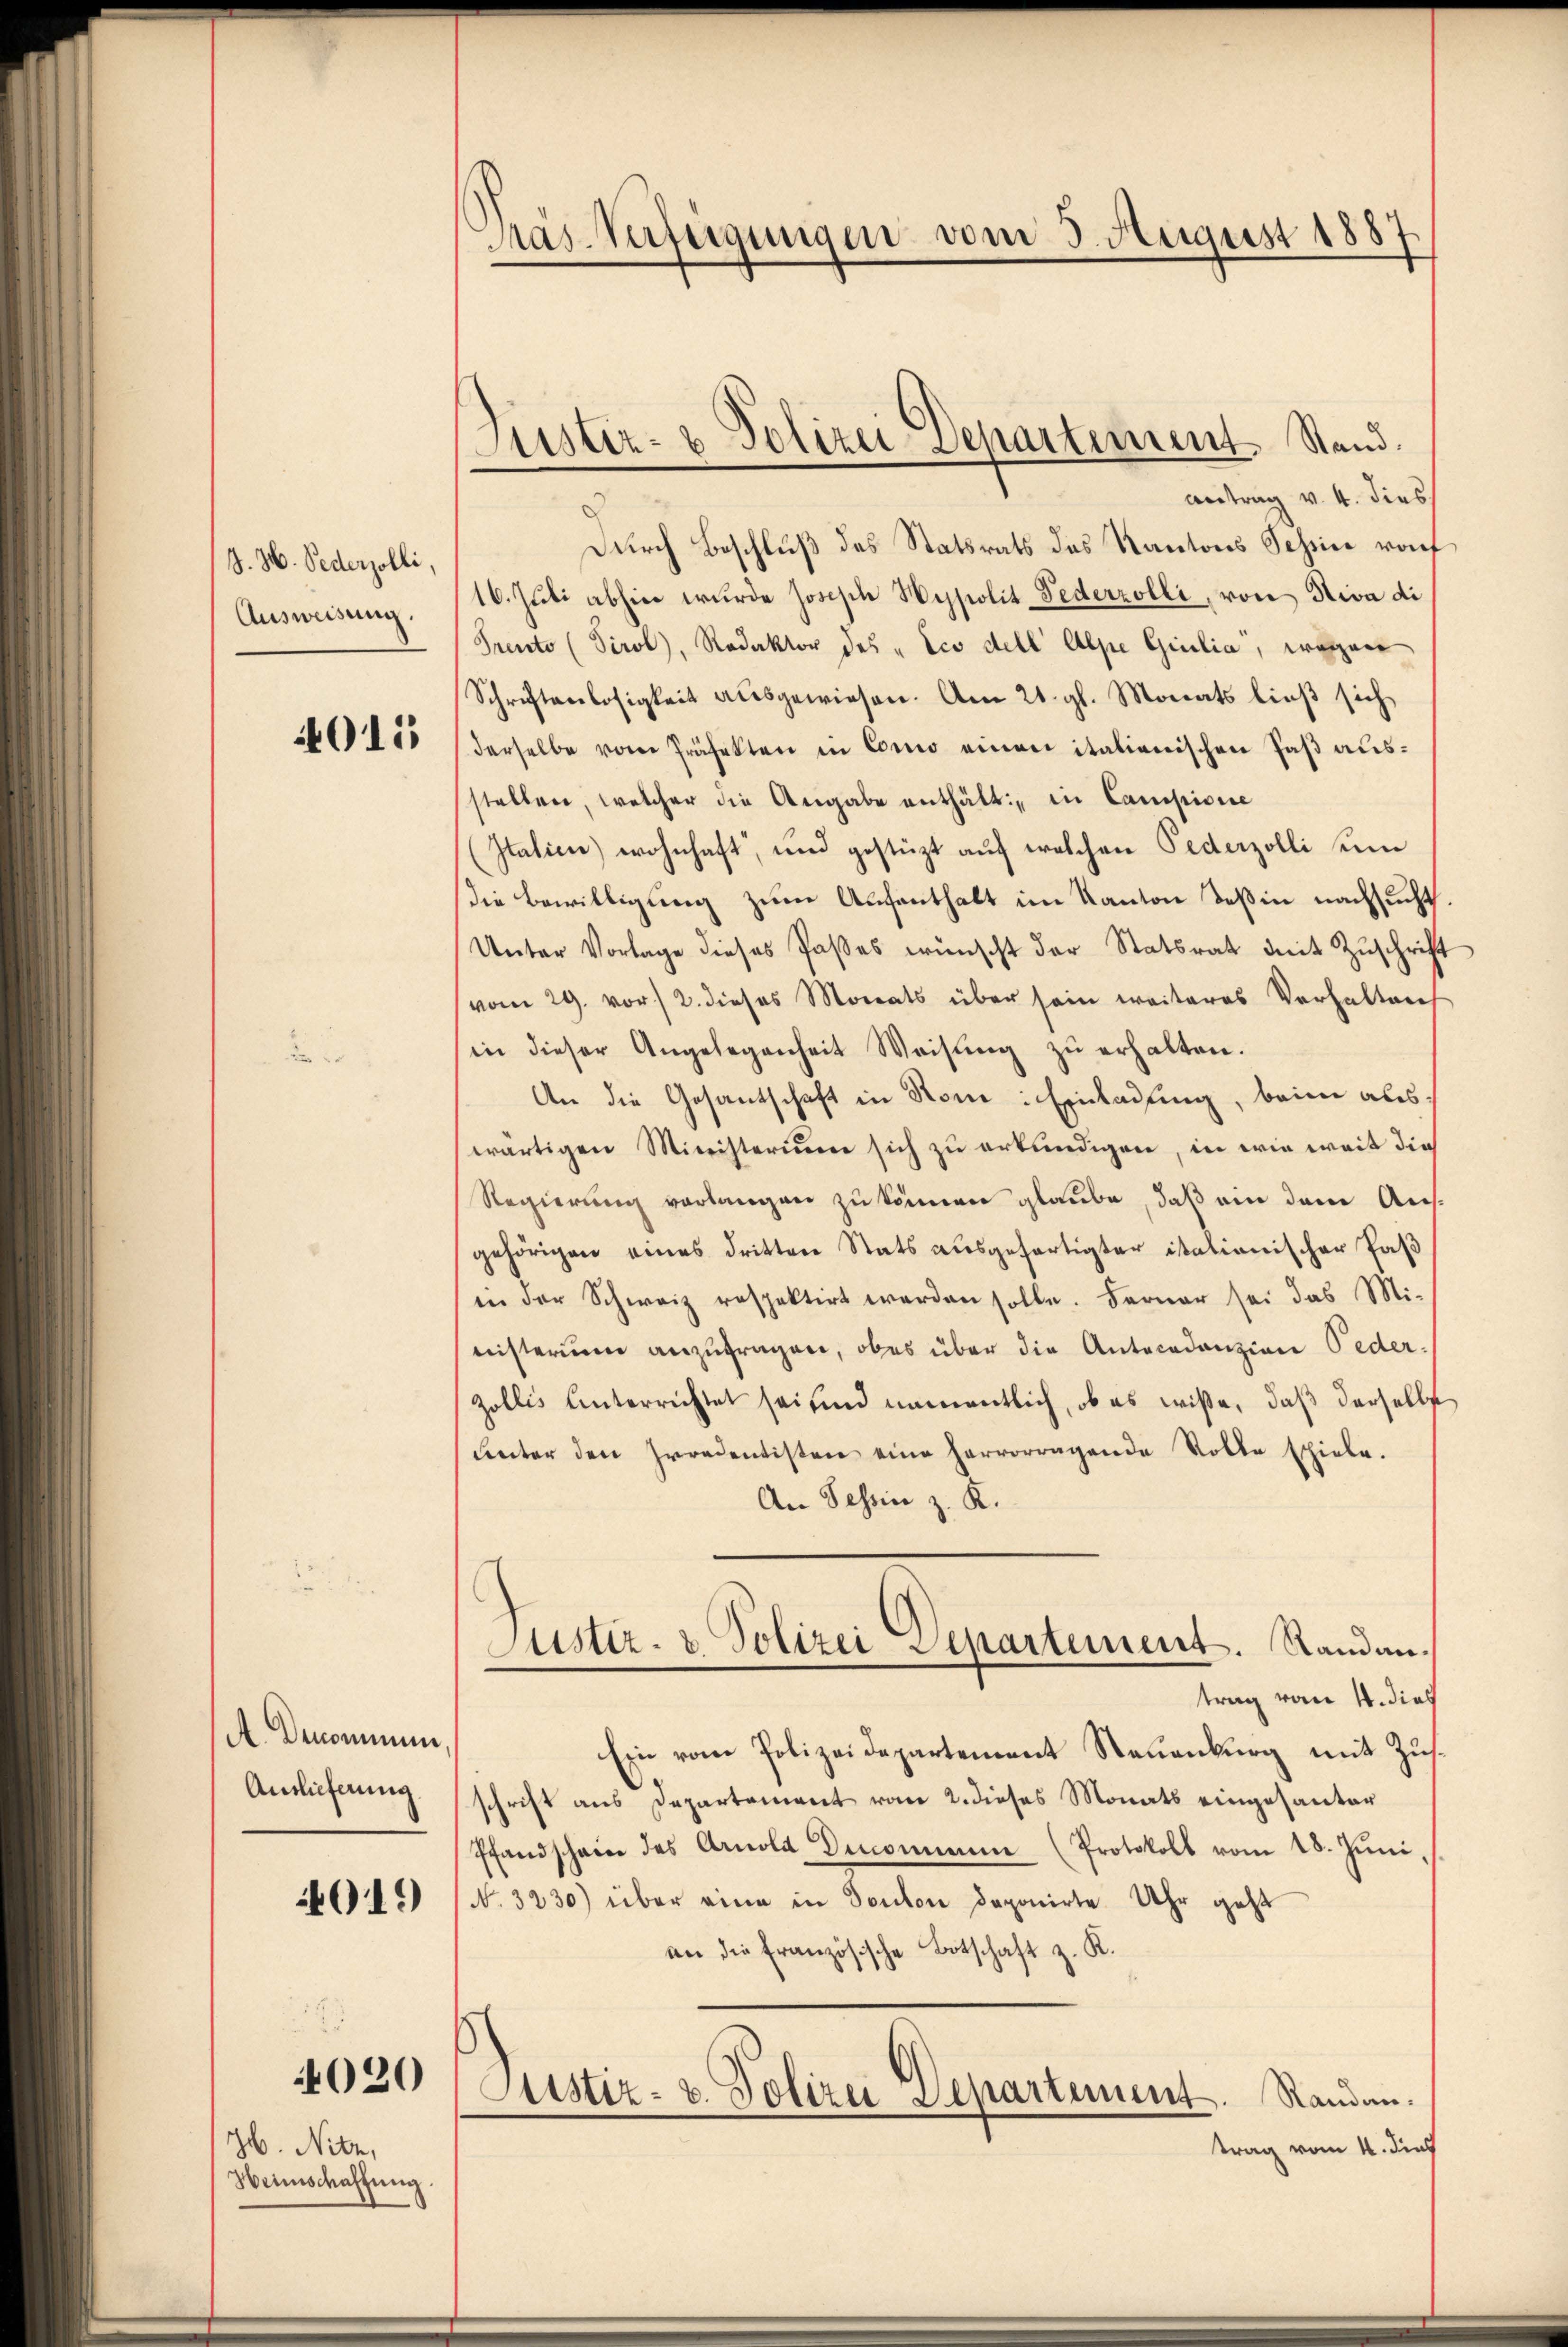
J. H. Sederzolli,
Ausweisung.

4015

A. Denominum,
Auslieferung

019

020

H. Nitz,
Weinschaftung.

Mas-Verfügungen vom 3. August 1887

Sistiz- & Polizei-Separtement Stand.

Antrag v. 4. dies
Durch Beschluß des Statsrats das Kantons Schine rauf
16. Juli abhin wurde Josisch Wypolit Federzolli, von Niva di
Prento (Tirol, Redaktor des „Eco dell Alpe Giulia, wegen
Schriftenlosigkeit ausgewiesen. Am 21. gl. Monats ließ sich
derselbe vom Präfekten in Como einen italienischen Paß ausstellen, welcher die Angabe enthält: in Campione
Italien) wohnhaft, und gestüzt auf welchen Federzolli sein
die Bewilligung zum Aufenthalt im Kanton Teßin nachsucht.
Unter Vorlage dieses Paßes wünscht der Statsrat mit Zŭschrift
vom 29. vor 2. dieses Monats über sein weiteres Verhalten
in dieser Angelegenheit Weisung zu erhalten.
An die Gesantschaft in Rom: Einladung, beim auswärtigen Ministerium sich zu erkundigen, in wie weit die
Regierung vorlangen zu können glaube, daß ein dem Ausgehörigen eines dritten Stats ausgefertigter istationischer Pas
in der Schweiz respektirt werden solle. Ferner sei das Mi-
nisterium anzufragen, ober über die Antecedanzion Feder-
Zollis unterrichtet sei und namentlich, ob es wiße, daβ derselbst
unter den Irredentisten eine hervorragende Volke schiebe.
An Tessin z. K.
Sistiz- & Polizei Separtement. Standantrag vom 4. dies
Ein vom Polizeidepartement Neuenburg mit Zusschrift aus Departement vom 2. dieses Monats eingesanter
Pfandschein des Arnold Denommen (Protokoll vom 28. Jŭni,
N. 3230) über eine in Toulon deponirte Uhr geht
an die Französische Botschaft z. K.
Justiz- u. Polizei Departement. Standen.
trag vom 4. dies